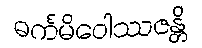
ဓင်္ကမိဝေါဿဇန္တိ